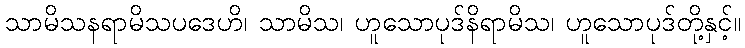
သာမိသနရာမိသပဒေဟိ၊ သာမိသ၊ ဟူသောပုဒ်နိရာမိသ၊ ဟူသောပုဒ်တို့နှင့်။